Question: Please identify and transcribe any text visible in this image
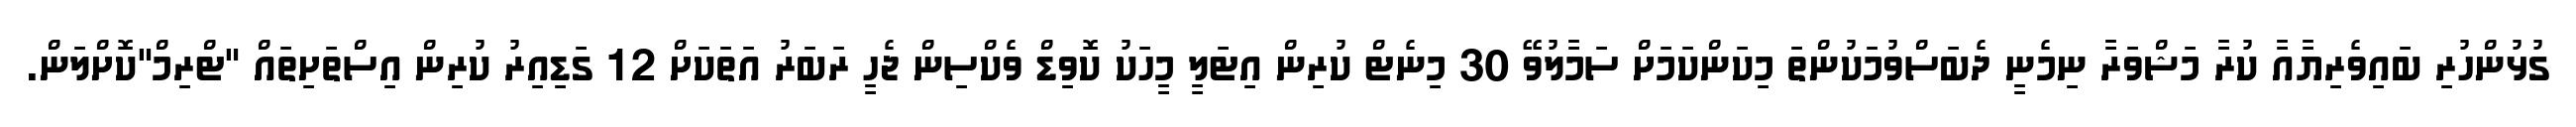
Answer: ގުޅުންހުރި ބައިވެރިޔާއާ ކުރާ މަޝްވަރާ ނިމެނީ ދެބަސްވުމަކުންތަ މިކަންކަމަށް ސަމާލުވޭ 30 މިނެޓް ކުރިން އިޓަލީ މީހަކު ކޮވިޑް ވެކްސިން ޖެހީ ރަބަރު އަތަކަށް 12 ގަޑިއިރު ކުރިން އިސްތަށިތައް "ޓްރިމް"ކޮށްލަން.